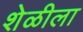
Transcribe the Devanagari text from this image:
शेळीला